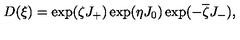
D ( \xi ) = \exp ( \zeta J _ { + } ) \exp ( \eta J _ { 0 } ) \exp ( - \overline { \zeta } J _ { - } ) ,